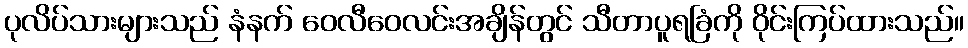
ပုလိပ်သားများသည် နံနက် ဝေလီဝေလင်းအချိန်တွင် သီတာပူရခြံကို ဝိုင်းကြပ်ထားသည်။